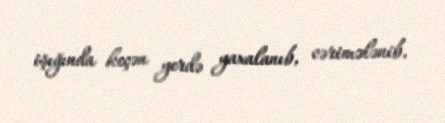
işığında keçən yerdə yaxalanıb, cərimələnib.